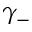
\gamma _ { - }